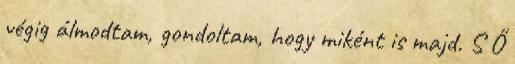
végig álmodtam, gondoltam, hogy miként is majd. S Ő